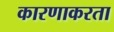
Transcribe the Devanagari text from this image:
कारणाकरता